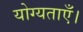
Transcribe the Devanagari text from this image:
योग्यताएँ।